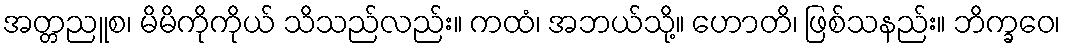
အတ္တညူစ၊ မိမိကိုကိုယ် သိသည်လည်း။ ကထံ၊ အဘယ်သို့။ ဟောတိ၊ ဖြစ်သနည်း။ ဘိက္ခဝေ၊